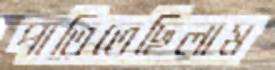
পাতিতেছিলাম